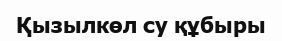
Қызылкөл су құбыры